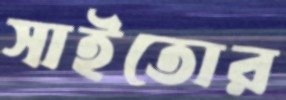
সাইতোর